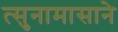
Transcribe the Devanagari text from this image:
त्सुनामासाने